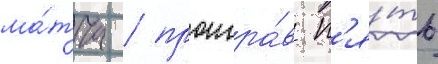
ма́тча / проигра́в п'я́ть